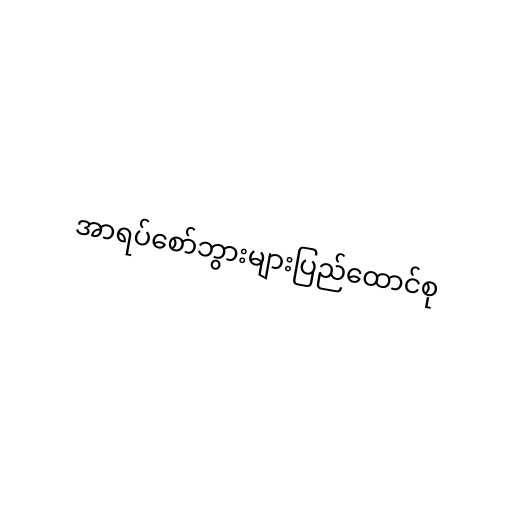
အာရပ်စော်ဘွားများပြည်ထောင်စု